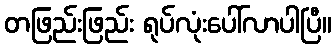
တဖြည်းဖြည်း ရုပ်လုံးပေါ်လာပါပြီ။